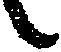
候